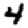
Digit: 4